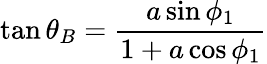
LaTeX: \tan\theta_{B}=\frac{a\sin\phi_{1}}{1+a\cos\phi_{1}}